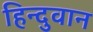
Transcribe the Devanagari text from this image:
हिन्दुवान